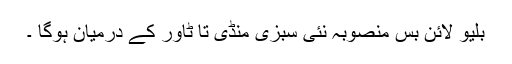
بلیو لائن بس منصوبہ نئی سبزی منڈی تا ٹاور کے درمیان ہوگا ۔